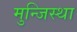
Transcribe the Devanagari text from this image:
मुन्जिस्था